Civil Veterinary Dept. Assam report 1911-1927 - 1911-1927
Year: 1911
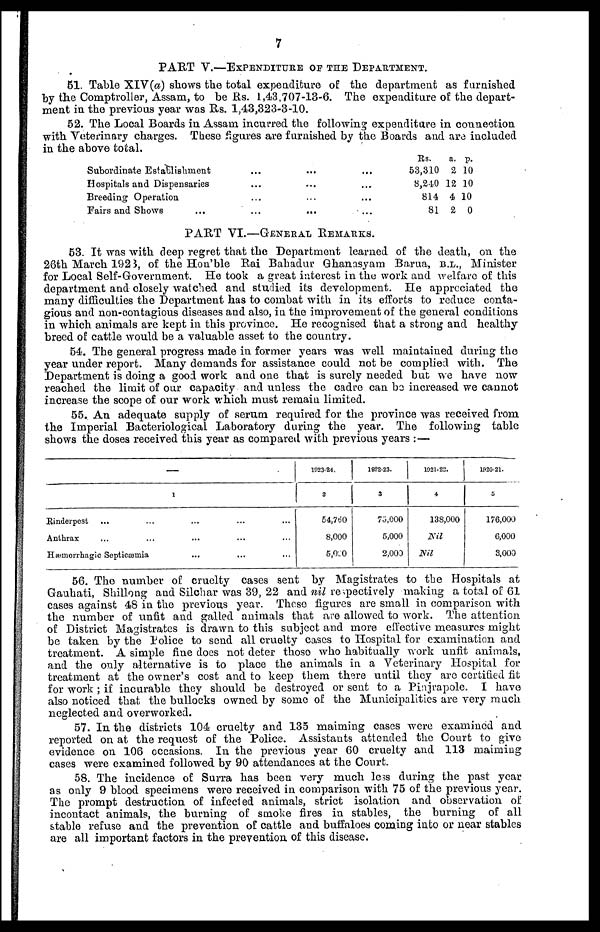
7
PART V.—EXPENDITURE OF THE DEPARTMENT.
51. Table XIV(a) shows the total expenditure of the department as furnished
by the Comptroller, Assam, to be Rs. 1,43,707-13-6. The expenditure of the depart-
ment in the previous year was Its. 1,43,323-3-10.
52. The Local Boards in Assam incurred the following expenditure in connection
with Veterinary charges. These figures are furnished by the Boards and are included
in the above total.
Subordinate Establishment
Hospitals and Dispensaries
Breeding Operation
Fairs and Shows ...
...
...
...
...
...
...
...
...
...
...
...
...
Rs.
53,310
8,240
814
81
a.
2
12
4
2
p.
10
10
10
0
PART VI.—GENERAL REMARKS.
63. It was with deep regret that the Department learned of the death, on the
26th March 1923, of the Hon'ble Rai Bahadur Ghanasyam Barua, b.l., Minister
for Local Self-Government. He took a great interest in the work and welfare of this
department and closely watched and studied its development. He appreciated the
many difficulties the Department has to combat with in its efforts to reduce conta-
gious and non-contagious diseases and also, in the improvement of the general conditions
in which animals are kept in this province. He recognised that a strong and healthy
breed of cattle would be a valuable asset to the country.
54. The general progress made in former years was well maintained during the
year under report. Many demands for assistance could not be complied with. The
Department is doing a good work and one that is surely needed but we have now
reached the limit of our capacity and unless the cadre can be increased we cannot
increase the scope of our work which must remain limited.
55. An adequate supply of serum required for the province was received from
the Imperial Bacteriological Laboratory during the year. The following table
shows the doses received this year as compared with previous years : —
—
1
Rinderpest ... ... ... ... ...
Anthrax ... ... ... ... ...
Hæmorrhagic Septicæmia ... ... ...
1923-24.
3
54,760
8,000
5,020
1022-23.
3
73,000
5,000
2,000
1021-22.
4
138,000
Nil
Nil
1920-21.
5
176,000
6,000
3,000
56. The number of cruelty cases sent by Magistrates to the Hospitals at
Gauhati, Shillong and Silchar was 39, 22 and nil respectively making a total of 61
cases against 48 in the previous year. These figures are small in comparison with
the number of unfit and galled animals that are allowed to work. The attention
of District Magistrates is drawn to this subject and more effective measures might
be taken by the Police to send all cruelty cases to Hospital for examination and
treatment. A simple fine does not deter those who habitually work unfit animals,
and the only alternative is to place the animals in a Veterinary Hospital for
treatment at the owner's cost and to keep them there until they are certified fit
for work ; if incurable they should be destroyed or sent to a Pinjrapole. I have
also noticed that the bullocks owned by some of the Municipalities are very much
neglected and overworked.
57. In the districts 104 cruelty and 135 maiming cases were examined and
reported on at the request of the Police. Assistants attended the Court to give
evidence on 106 occasions. In the previous year 60 cruelty and 113 maiming
cases were examined followed by 90 attendances at the Court.
58. The incidence of Surra has been very much less during the past year
as only 9 blood specimens were received in comparison with 75 of the previous year.
The prompt destruction of infected animals, strict isolation and observation of
incontact animals, the burning of smoke fires in stables, the burning of all
stable refuse and the prevention of cattle and buffaloes coming into or near stables
are all important factors in the prevention of this disease.